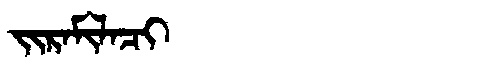
Manchu: ᠵᡳᡵᠠᠮᡳᠯᠠᠴᡳ
Romanization: JIRAMILACI